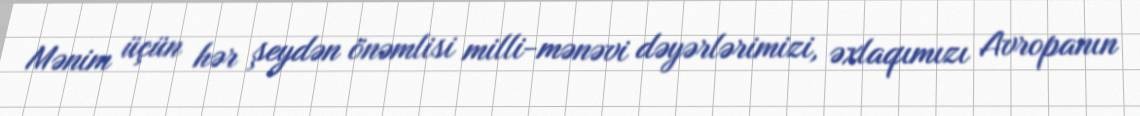
Mənim üçün hər şeydən önəmlisi milli-mənəvi dəyərlərimizi, əxlaqımızı Avropanın